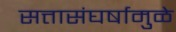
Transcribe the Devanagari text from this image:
सत्तासंघर्षामुळे